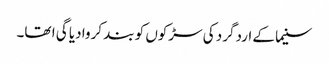
سنیما کے اردگرد کی سڑکوں کو بند کروا دیا گی ا تھا۔